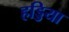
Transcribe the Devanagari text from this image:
हड्डिया